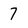
Character: 7